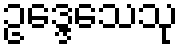
ဥဒ္ဒေသေသု